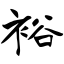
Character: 裕